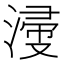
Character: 𣹰